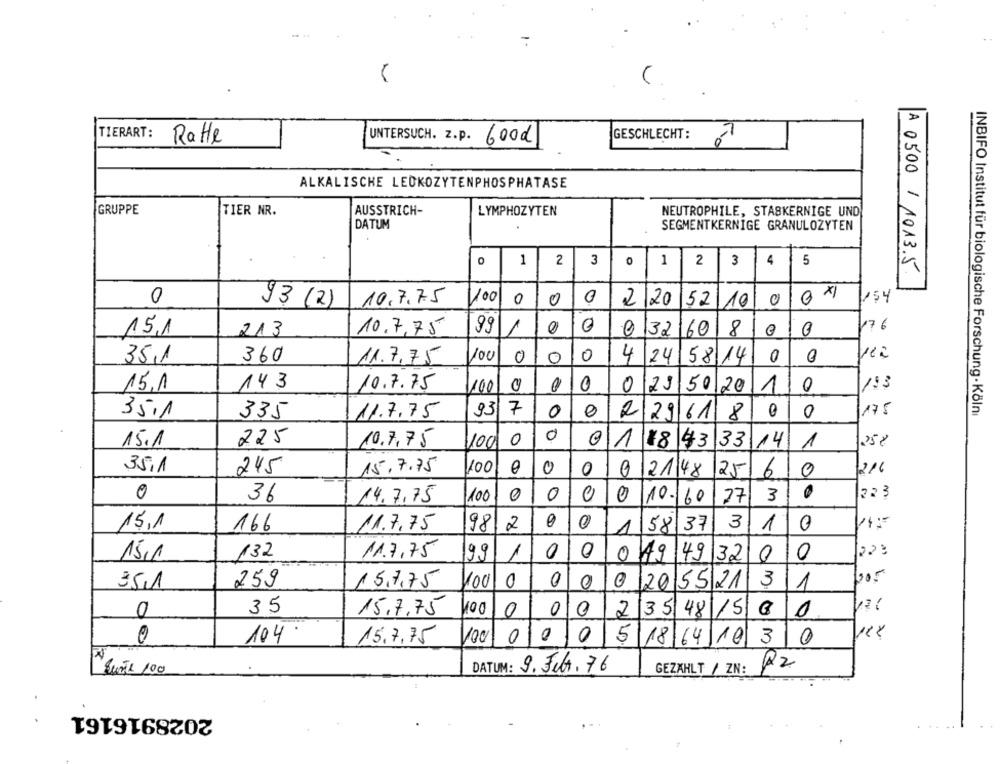
TIERART:
GESCHLECHT:
Ratte
UNTERSUCH. z.p.
Good
8
ALKALISCHE LEUKOZYTENPHOSPHATASE
-
GRUPPE
TIER NR.
AUSSTRICH-
LYMPHOZYTEN
NEUTROPHILE, STASKERNIGE UND
DATUM
SEGMENTKERNIGE GRANULOZYTEN
1
4
5
0 1
2 3
0
2 |3
A 0500/1013.5.
0
0
10.7.75
100 0
0
2 20
52
10
10
154
93 (2)
1
176
15,1
213
10.7,75
99
0/32/60
18
35,1
360
11.7,75
100
0
0
0
4
24
58 14
0
15,1
143
10.7.75
100
0
0
29
50 20
1
153
35.1
93 7
0
175
INBIFO Institut für biologische Forschung- Kölni
335
11.7.75
0
2
29618
0
15.1
225
10.7,75
100 0
0
01
$3 33
141
25€
18
1
35.1
245
15.7.75
100
0
0
0
2148
25/
6
0
216
0
0
0
223
36
14.7,75
100
0
0
10- 60
27
3
15,1
166
11.7.75
981
2
58
37
3
1
0
14:5
1
15,1
132
11.7,75
99
1
0
0
0 Kg
49 32
0
0
005
351
259
15,7,75
100 0
0
0
120
552131
35
15.7,75
0
35
48
0
0
2
1500
0
104
15.7,75
100
000
5
1864 103 0
R2
SunTe 100
DATUM: 9. Febr. 76
GEZAHLT / ZN:
2028916161